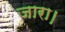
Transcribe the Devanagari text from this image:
जारा।